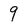
Character: 9